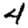
Digit: 4